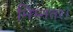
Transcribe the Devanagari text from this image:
निम्नतर।